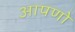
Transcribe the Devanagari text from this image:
आपणो